Civil Veterinary Department. Madras. Admin. report 1926-33 - 1926-1933
Year: 1926
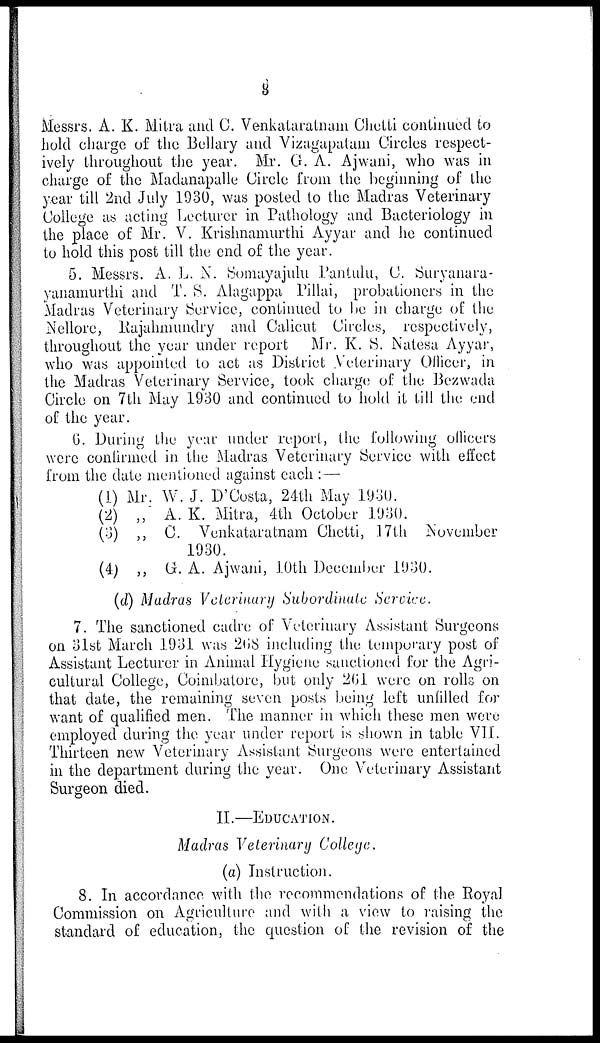
3
Messrs. A. K. Mitra and C. Venkataratnam Chetti continued to
bold charge of the Bellary and Vizagapatam Circles respect-
ively throughout the year. Mr. G. A. Ajwani, who was in
charge of the Madanapalle Circle from the beginning of the
year till 2nd July 1930, was posted to the Madras Veterinary
College as acting Lecturer in Pathology and Bacteriology in
the place of Mr. V. Krishnamurthi Ayyar and he continued
to hold this post till the end of the year.
5. Messrs. A. L. N. Somayajulu Pantulu, C. Suryanara-
yanamurthi and T. S. Alagappa Pillai, probationers in the
Madras Veterinary Service, continued to be in charge of the
Nellore, Rajahmundry and Calicut Circles, respectively,
throughout the year under report
Mr. K. S. Natesa Ayyar,
who was appointed to act as District Veterinary Officer, in
the Madras Veterinary Service, took charge of the Bezwada
Circle on 7th May 1930 and continued to hold it till the end
of the year.
6. During the year under report, the following officers
were confirmed in the Madras Veterinary Service with effect
from the date mentioned against each :—
(1) Mr. W. J. D'Costa, 24th May 1930.
(2)
„
(3) „
(4) „
A. K. Mitra, 4th October 1930.
C. Venkataratnam Chetti, 17th November
1930.
G. A. Ajwani, 10th December 1930.
(d) Madras Veterinary Subordinate Service.
7. The sanctioned cadre of Veterinary Assistant Surgeons
on 31st March 1931 was 268 including the temporary post of
Assistant Lecturer in Animal Hygiene sanctioned for the Agri-
cultural College, Coimbatore, but only 261 were on rolls on
that date, the remaining seven posts being left unfilled for
want of qualified men. The manner in which these men were
employed during the year under report is shown in table VII.
Thirteen new Veterinary Assistant Surgeons were entertained
in the department during the year. One Veterinary Assistant
Surgeon died.
II.—EDUCATION.
Madras Veterinary College.
(a) Instruction.
8. In accordance with the recommendations of the Royal
Commission on Agriculture and with a view to raising the
standard of education, the question of the revision of the